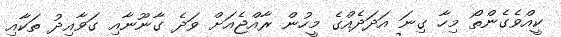
ކީއްވެގެންތޯ މިހާ ގިނަ އަދަދެއްގެ މީހުން ރާއްޖެއަށް ވަދެ ގާނޫނާއި ގަވާއިދު ތަކާއި